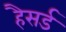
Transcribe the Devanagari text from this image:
हैसर्ड